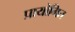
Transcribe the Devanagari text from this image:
प्रायोगित